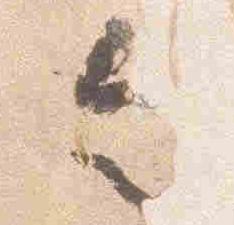
令